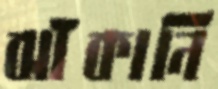
ঝাঁকানি